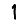
Digit: 1